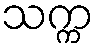
သက္က